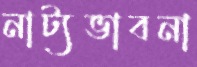
নাট্যভাবনা